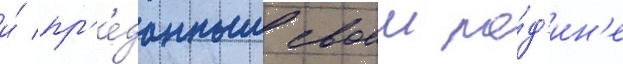
и́ пр'е́данным своеи ро́д'ин'е